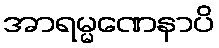
အာရမ္မဏေနာပိ